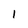
Character: 1